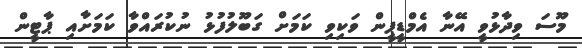
މޫސަ ވިދާޅުވީ އޭނާ އެމްޑީޕީން ވަކިވި ކަމަށް ގަބޫލުފުޅު ނުކުރައްވާ ކަމަށާއި ޕާޓީން